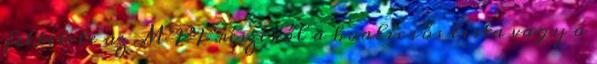
feltétele az MPP részéről a koalíciós lista vagy a